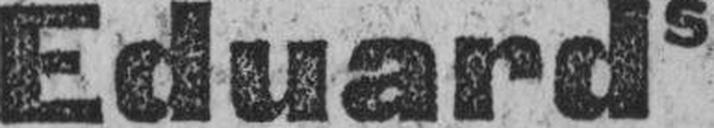
Eduards